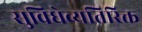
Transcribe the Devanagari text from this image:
सुविधेव्यतिरिक्त